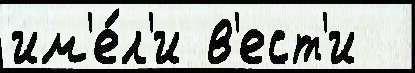
им'е́л'и в'ест'и